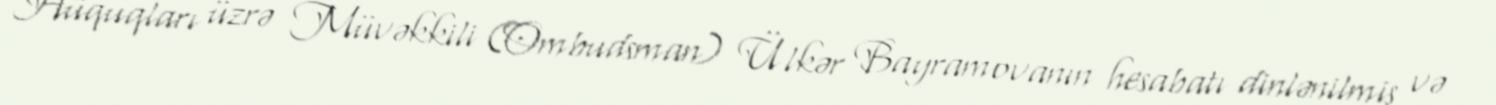
Hüquqları üzrə Müvəkkili (Ombudsman) Ülkər Bayramovanın hesabatı dinlənilmiş və